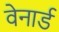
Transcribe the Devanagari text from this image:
वेनार्ड